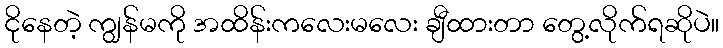
ငိုနေတဲ့ ကျွန်မကို အထိန်းကလေးမလေး ချီထားတာ တွေ့လိုက်ရဆိုပဲ။